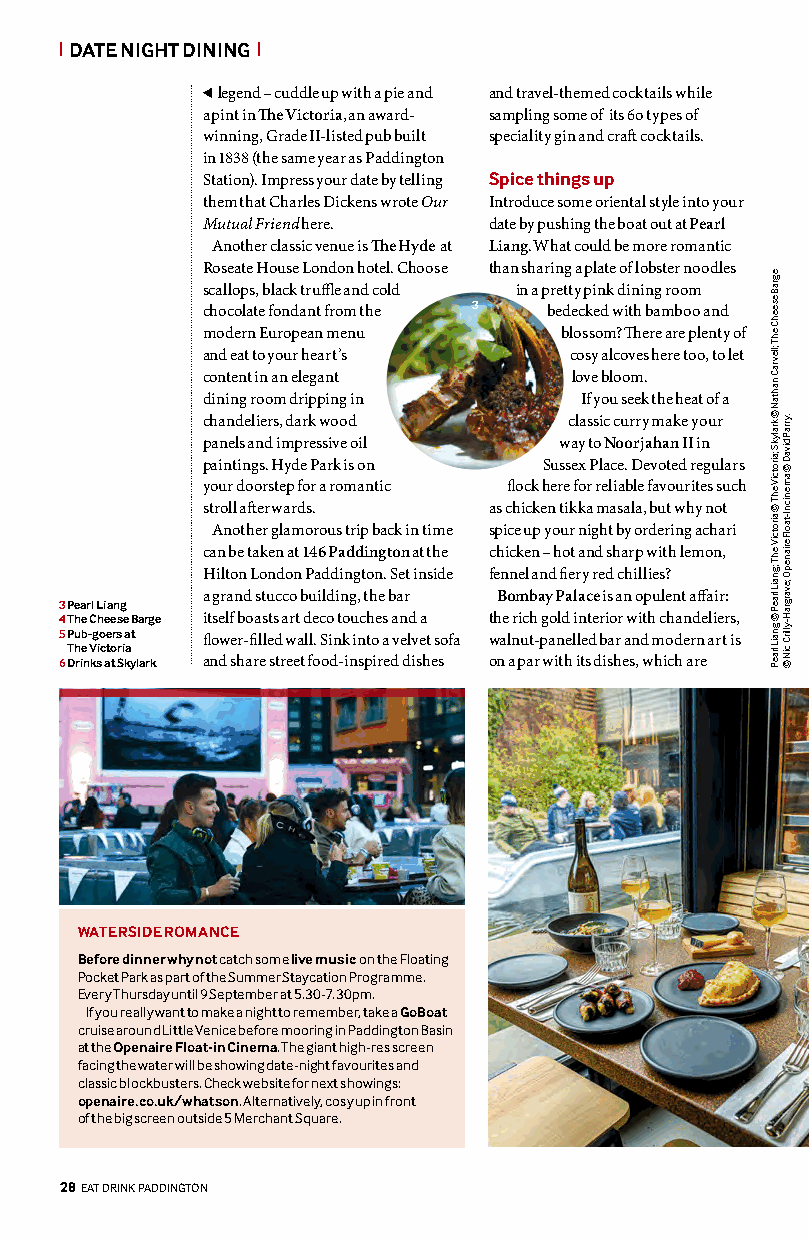
| DATE NIGHT DINING |
 legend – cuddle up with a pie and and travel-themed cocktails while
 a pint in The Victoria, an award- sampling some of its 6o types of
 winning, Grade II-listed pub built speciality gin and craft cocktails.
 in 1838 (the same year as Paddington
 Station). Impress your date by telling Spice things up
 them that Charles Dickens wrote Our Introduce some oriental style into your
 Mutual Friend here. date by pushing the boat out at Pearl
 Another classic venue is The Hyde at Liang. What could be more romantic
 Roseate House London hotel. Choose than sharing a plate of lobster noodles
 scallops, black truffle and cold in a pretty pink dining room
 3
 chocolate fondant from the bedecked with bamboo and
 modern European menu   blossom? There are plenty of
 and eat to your heart’s cosy alcoves here too, to let
 content in an elegant   love bloom.
 dining room dripping in  If you seek the heat of a
 chandeliers, dark wood  classic curry make your
 panels and impressive oil way to Noorjahan II in
 paintings. Hyde Park is on Sussex Place. Devoted regulars
 your doorstep for a romantic flock here for reliable favourites such
 stroll afterwards. as chicken tikka masala, but why not
 Another glamorous trip back in time spice up your night by ordering achari
 can be taken at 146 Paddington at the chicken – hot and sharp with lemon,
 Hilton London Paddington. Set inside fennel and fiery red chillies?
 a grand stucco building, the bar Bombay Palace is an opulent affair:
 3 Pearl Liang
 4 The Cheese Barge itself boasts art deco touches and a the rich gold interior with chandeliers,
 5 Pub-goers at flower-filled wall. Sink into a velvet sofa walnut-panelled bar and modern art is
 The Victoria
 6 Drinks at Skylark and share street food-inspired dishes on a par with its dishes, which are
 WATERSIDE ROMANCE
 Before dinner why not catch some live music on the Floating
 Pocket Park as part of the Summer Staycation Programme.
 Every Thursday until 9 September at 5.30-7.30pm.
 If you really want to make a night to remember, take a GoBoat
 cruise around Little Venice before mooring in Paddington Basin
 at the Openaire Float-in Cinema. The giant high-res screen
 facing the water will be showing date-night favourites and
 classic blockbusters. Check website for next showings:
 openaire.co.uk/whatson. Alternatively, cosy up in front
 of the big screen outside 5 Merchant Square.
 4
 2288 EEAATT DDRRIINNKK PADDINGTON
 egraB
 eseehC
 ehT
 ;llevraC
 nahtaN
 © kralykS
 ;airotciV
 ehT
 ©
 airotciV
 ehT
 ;gnaiL
 lraeP
 ©
 gnaiL
 lraeP
 .yrraP
 divaD
 ©
 amenic
 nI-taolF
 erianepO
 ;evargraH-yllirC
 ciN
 ©